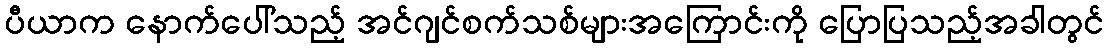
ပီယာက နောက်ပေါ်သည့် အင်ဂျင်စက်သစ်များအကြောင်းကို ပြောပြသည့်အခါတွင်